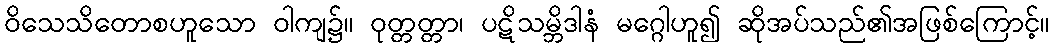
ဝိသေသိတောစဟူသော ဝါကျ၌။ ဝုတ္တတ္တာ၊ ပဋိသမ္ဘိဒါနံ မဂ္ဂေါဟူ၍ ဆိုအပ်သည်၏အဖြစ်ကြောင့်။